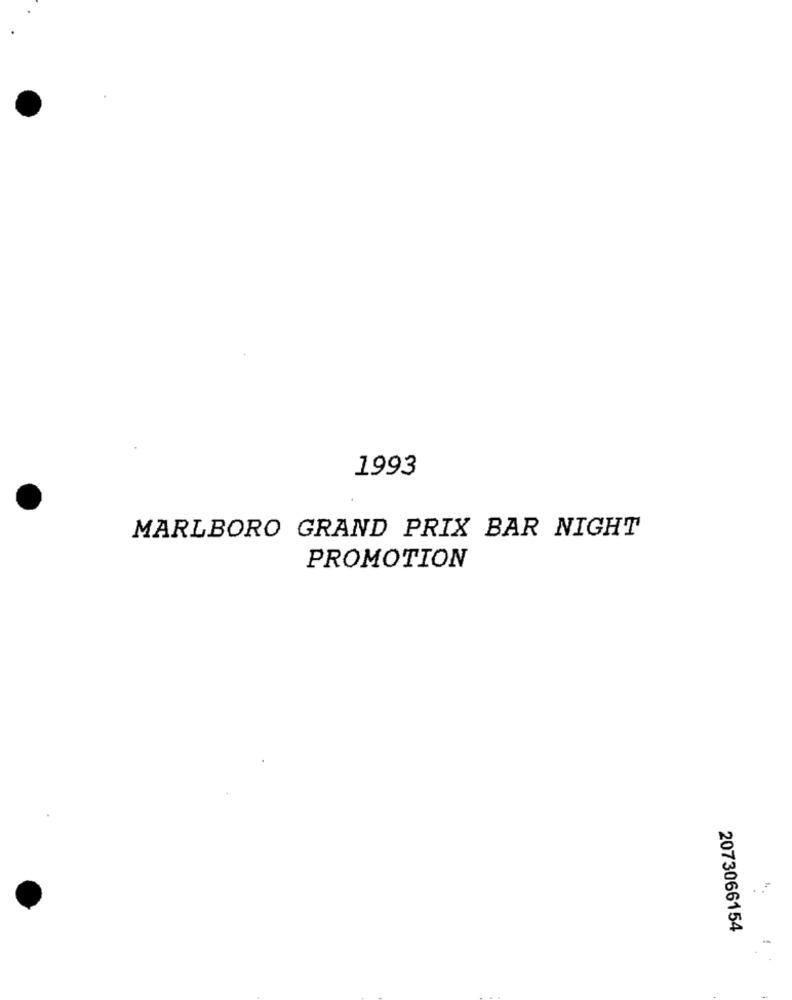
1993
MARLBORO GRAND PRIX BAR NIGHT
PROMOTION
2073066154